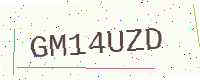
Text: GM14UZD